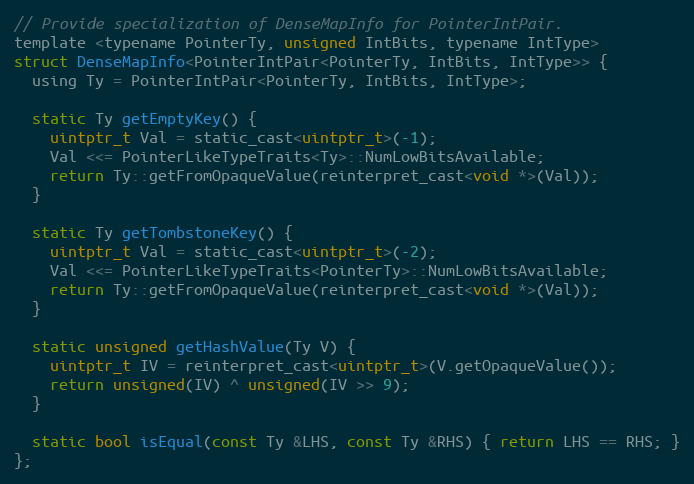
Language: C
// Provide specialization of DenseMapInfo for PointerIntPair.
template <typename PointerTy, unsigned IntBits, typename IntType>
struct DenseMapInfo<PointerIntPair<PointerTy, IntBits, IntType>> {
  using Ty = PointerIntPair<PointerTy, IntBits, IntType>;

  static Ty getEmptyKey() {
    uintptr_t Val = static_cast<uintptr_t>(-1);
    Val <<= PointerLikeTypeTraits<Ty>::NumLowBitsAvailable;
    return Ty::getFromOpaqueValue(reinterpret_cast<void *>(Val));
  }

  static Ty getTombstoneKey() {
    uintptr_t Val = static_cast<uintptr_t>(-2);
    Val <<= PointerLikeTypeTraits<PointerTy>::NumLowBitsAvailable;
    return Ty::getFromOpaqueValue(reinterpret_cast<void *>(Val));
  }

  static unsigned getHashValue(Ty V) {
    uintptr_t IV = reinterpret_cast<uintptr_t>(V.getOpaqueValue());
    return unsigned(IV) ^ unsigned(IV >> 9);
  }

  static bool isEqual(const Ty &LHS, const Ty &RHS) { return LHS == RHS; }
};